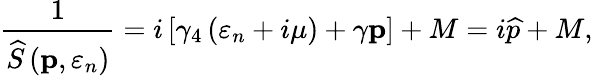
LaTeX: \frac{1}{\widehat{S}\left(\mathbf{p},\varepsilon_{n}\right)}=i\left[\gamma_{4}\left(\varepsilon_{n}+i\mu\right)+\mathbf{\gamma p}\right]+M=i\widehat{p}+M,